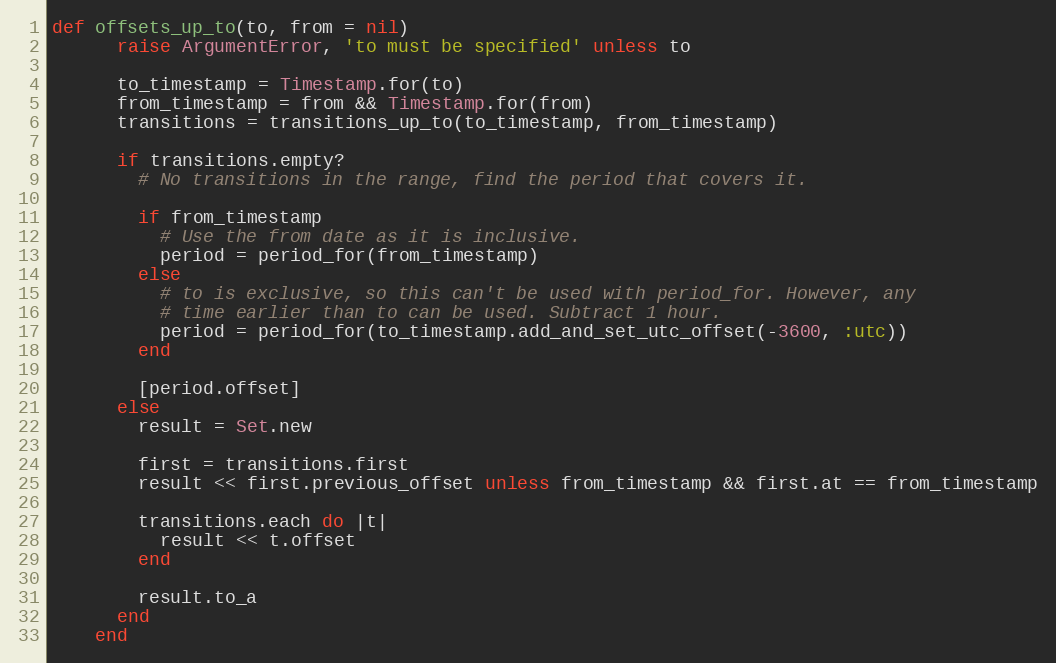
Language: Ruby
def offsets_up_to(to, from = nil)
      raise ArgumentError, 'to must be specified' unless to

      to_timestamp = Timestamp.for(to)
      from_timestamp = from && Timestamp.for(from)
      transitions = transitions_up_to(to_timestamp, from_timestamp)

      if transitions.empty?
        # No transitions in the range, find the period that covers it.

        if from_timestamp
          # Use the from date as it is inclusive.
          period = period_for(from_timestamp)
        else
          # to is exclusive, so this can't be used with period_for. However, any
          # time earlier than to can be used. Subtract 1 hour.
          period = period_for(to_timestamp.add_and_set_utc_offset(-3600, :utc))
        end

        [period.offset]
      else
        result = Set.new

        first = transitions.first
        result << first.previous_offset unless from_timestamp && first.at == from_timestamp

        transitions.each do |t|
          result << t.offset
        end

        result.to_a
      end
    end